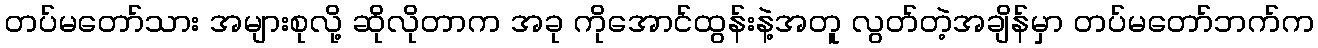
တပ်မတော်သား အများစုလို့ ဆိုလိုတာက အခု ကိုအောင်ထွန်းနဲ့အတူ လွတ်တဲ့အချိန်မှာ တပ်မတော်ဘက်က